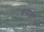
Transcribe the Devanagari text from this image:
बनाळी